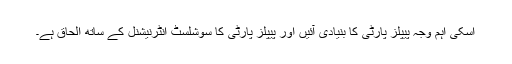
اسکی اہم وجہ پیپلز پارٹی کا بنیادی آئیں اور پیپلز پارٹی کا سوشلسٹ انٹرنیشنل کے ساتھ الحاق ہے۔